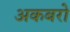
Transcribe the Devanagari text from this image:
अकबरो